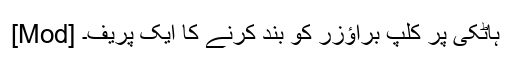
[Mod] ہاٹکی پر کلپ براؤزر کو بند کرنے کا ایک پریف۔